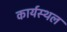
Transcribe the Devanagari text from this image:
कार्यस्‍थल